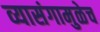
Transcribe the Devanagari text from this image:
व्यासंगामुळेच